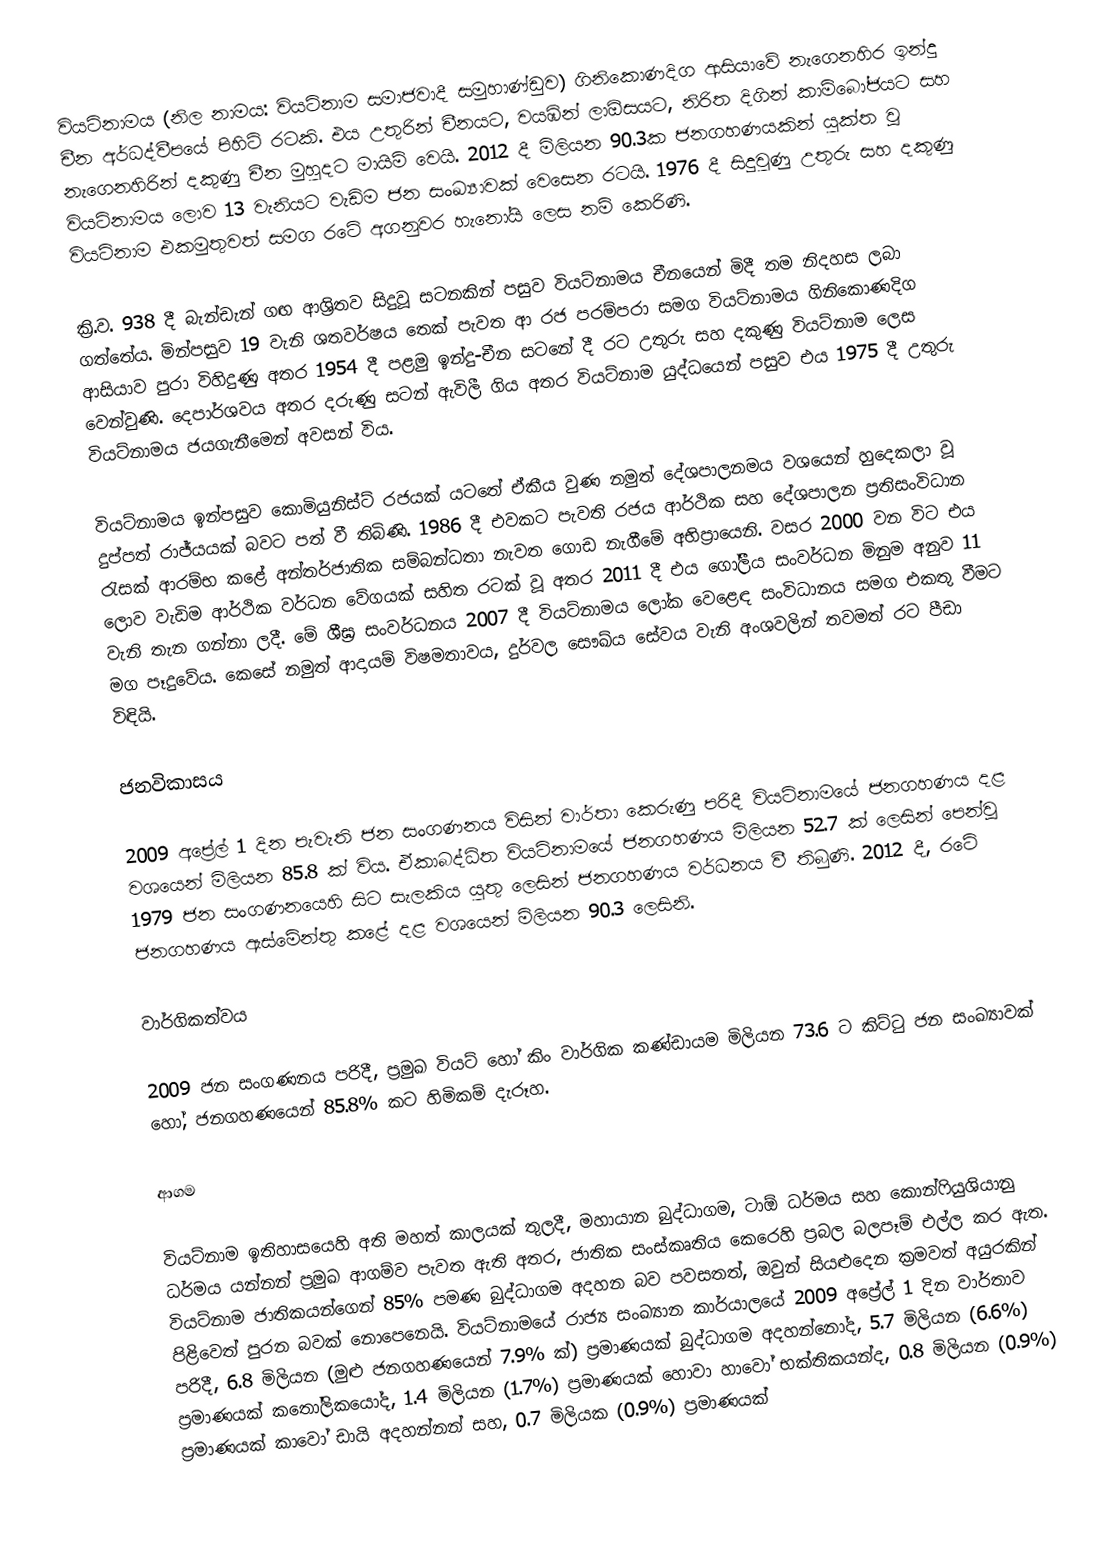
වියට්නාමය (නිල නාමය: වියට්නාම සමාජවාදී සමුහාණ්ඩුව) ගිනිකොණදිග ආසියාවේ නැගෙනහිර ඉන්දු චීන අර්ධද්වීපයේ පිහිටි රටකි. එය උතුරින් චීනයට, වයඹින් ලාඕසයට, නිරිත දිගින් කාම්බෝජයට සහ නැගෙනහිරින් දකුණු චීන මුහුදට මායිම් වෙයි. 2012 දී මිලියන 90.3ක ජනගහණයකින් යුක්ත වූ වියට්නාමය ලොව 13 වැනියට වැඩිම ජන සංඛ්‍යාවක් වෙසෙන රටයි. 1976 දී සිදුවුණු උතුරු සහ දකුණු වියට්නාම එකමුතුවත් සමග රටේ අගනුවර හැනෝයි ලෙස නම් කෙරිණි.

ක්‍රි.ව. 938 දී බැන්ඩැන් ගඟ ආශ්‍රිතව සිදුවූ සටනකින් පසුව වියට්නාමය චීනයෙන් මිදී තම නිදහස ලබා ගත්තේය. මින්පසුව 19 වැනි ශතවර්ෂය තෙක් පැවත ආ රජ පරම්පරා සමග වියට්නාමය ගිනිකොණදිග ආසියාව පුරා විහිදුණු අතර 1954 දී පළමු ඉන්දු-චීන සටනේ දී රට උතුරු සහ දකුණු වියට්නාම ලෙස වෙන්වුණි. දෙපාර්ශවය අතර දරුණු සටන් ඇවිලී ගිය අතර වියට්නාම යුද්ධයෙන් පසුව එය 1975 දී උතුරු වියට්නාමය ජයගැනීමෙන් අවසන් විය.

වියට්නාමය ඉන්පසුව කොමියුනිස්ට් රජයක් යටතේ ඒකීය වුණ නමුත් දේශපාලනමය වශයෙන් හුදෙකලා වූ දුප්පත් රාජ්යයක් බවට පත් වී තිබිණි. 1986 දී එවකට පැවති රජය ආර්ථික සහ දේශපාලන ප්‍රතිසංවිධාන රැසක් ආරම්භ කළේ අන්තර්ජාතික සම්බන්ධතා නැවත ගොඩ නැගීමේ අභිප්‍රායෙනි. වසර 2000 වන විට එය ලොව වැඩිම ආර්ථික වර්ධන වේගයක් සහිත රටක් වූ අතර 2011 දී එය ගෝලීය සංවර්ධන මිනුම අනුව 11 වැනි තැන ගන්නා ලදී. මේ ශීඝ්‍ර සංවර්ධනය 2007 දී වියට්නාමය ලෝක වෙළෙඳ සංවිධානය සමග එකතු වීමට මග පෑදුවේය. කෙසේ නමුත් ආදායම් විෂමතාවය, දුර්වල සෞඛ්ය සේවය වැනි  අංශවලින් තවමත් රට පීඩා විඳියි.

ජනවිකාසය

2009 අප්‍රේල් 1 දින පැවැති ජන සංගණනය විසින් වාර්තා කෙරුණු පරිදී වියට්නාමයේ ජනගහණය දළ වශයෙන් මිලියන 85.8 ක් විය. ඒකාබද්ධිත වියට්නාමයේ ජනගහණය මිලියන 52.7 ක් ලෙසින් පෙන්වූ 1979 ජන සංගණනයෙහි සිට සැලකිය යුතු ලෙසින් ජනගහණය වර්ධනය වී තිබුණි. 2012 දී, රටේ ජනගහණය ඇස්මේන්තු කළේ දළ වශයෙන් මිලියන 90.3 ලෙසිනි.

වාර්ගිකත්වය

2009 ජන සංගණනය පරිදී, ප්‍රමුඛ වියට් හෝ කිං වාර්ගික කණ්ඩායම මිලියන 73.6 ට කිට්ටු ජන සංඛ්‍යාවක් හෝ, ජනගහණයෙන්  85.8% කට හිමිකම් දැරූහ.

ආගම

වියට්නාම ඉතිහාසයෙහි අති මහත් කාලයක් තුලදී, මහායාන බුද්ධාගම, ටාඕ ධර්මය සහ  කොන්ෆියුශියානු ධර්මය යන්නන් ප්‍රමුඛ ආගම්ව පැවත ඇති අතර, ජාතික සංස්කෘතිය කෙරෙහි ප්‍රබල බලපෑම් එල්ල කර ඇත. වියට්නාම ජාතිකයන්ගෙන් 85% පමණ බුද්ධාගම අදහන බව පවසතත්, ඔවුන් සියළුදෙන ක්‍රමවත් අයුරකින් පිළිවෙත් පුරන බවක් නොපෙනෙයි.        වියට්නාමයේ රාජ්‍ය සංඛ්‍යාන කාර්යාලයේ 2009 අප්‍රේල් 1 දින වාර්තාව පරිදී,  6.8 මිලියන (මුළු ජනගහණයෙන්  7.9% ක්) ප්‍රමාණයක් බුද්ධාගම අදහන්නෝද,  5.7 මිලියන  (6.6%) ප්‍රමාණයක් කතෝලිකයෝද, 1.4 මිලියන (1.7%) ප්‍රමාණයක්  හොවා හාවෝ භක්තිකයන්ද, 0.8 මිලියන (0.9%) ප්‍රමාණයක් කාවෝ ඩායි අදහන්නන් සහ, 0.7 මිලියක (0.9%) ප්‍රමාණයක්